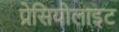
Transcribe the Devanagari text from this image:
प्रेसियोलाइट